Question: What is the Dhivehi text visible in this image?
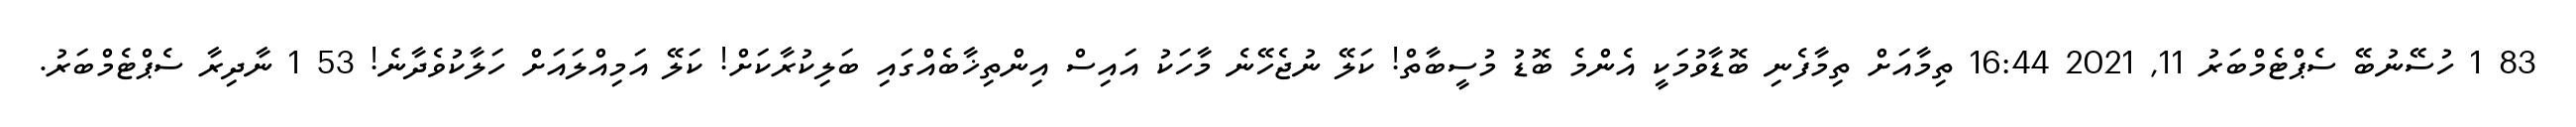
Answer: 83 1 ހުސޭނުބޭ ސެޕްޓެމްބަރު 11, 2021 16:44 ތިމާއަށް ތިމާފެނި ބޮޑާވުމަކީ އެންމެ ބޮޑު މުސީބާތް! ކަލޭ ނުޖެހޭނެ މާހަކު އައިސް އިންތިޚާބެއްގައި ބަލިކުރާކަށް! ކަލޭ އަމިއްލައަށް ހަލާކުވެދާނެ! 53 1 ނާދިރާ ސެޕްޓެމްބަރު.